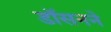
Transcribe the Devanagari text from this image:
डॉसनने